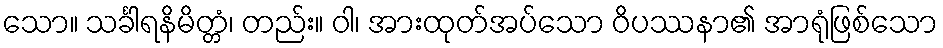
သော။ သင်္ခါရနိမိတ္တံ၊ တည်း။ ဝါ၊ အားထုတ်အပ်သော ဝိပဿနာ၏ အာရုံဖြစ်သော